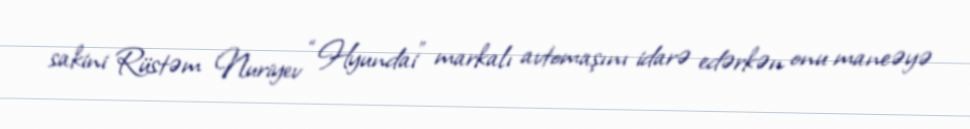
sakini Rüstəm Nuriyev “Hyundai” markalı avtomaşını idarə edərkən onu maneəyə